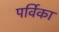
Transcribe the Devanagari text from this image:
पर्विका